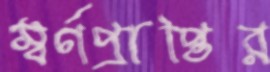
স্বর্ণপ্রাপ্তির